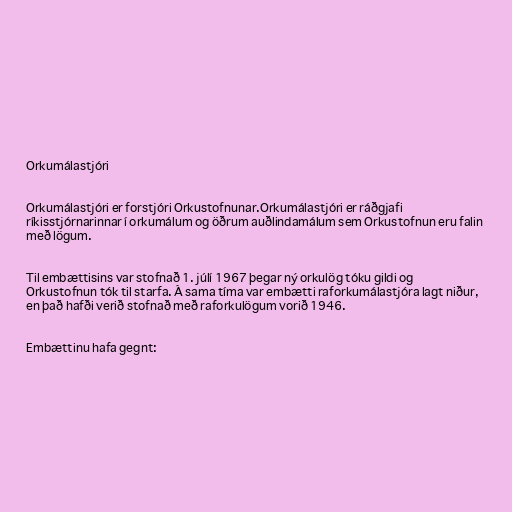
Orkumálastjóri

Orkumálastjóri er forstjóri Orkustofnunar.Orkumálastjóri er ráðgjafi
ríkisstjórnarinnar í orkumálum og öðrum auðlindamálum sem Orkustofnun eru falin
með lögum.

Til embættisins var stofnað 1. júlí 1967 þegar ný orkulög tóku gildi og
Orkustofnun tók til starfa. Á sama tíma var embætti raforkumálastjóra lagt niður,
en það hafði verið stofnað með raforkulögum vorið 1946.

Embættinu hafa gegnt: